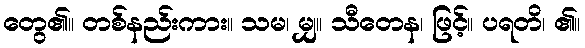
တွေ၏။ တစ်နည်းကား။ သမ၊ မျှ။ သီတေန၊ ဖြင့်။ ပရတိ၊ ၏။